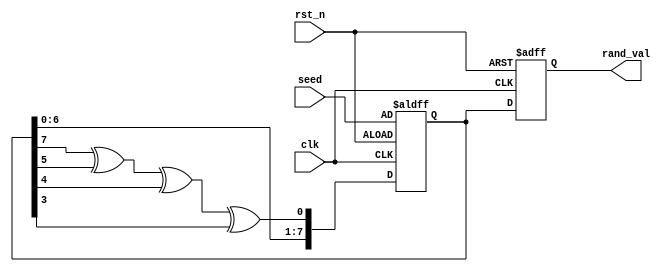
module RandomInitialization #(
    parameter WIDTH = 8,          // Width of the random value output
    parameter SEED = 8'b10101010  // Default seed value
)(
    input wire clk,               // Clock signal
    input wire rst_n,             // Active-low reset signal
    input wire [WIDTH-1:0] seed,  // Seed input for reproducibility
    output reg [WIDTH-1:0] rand_val // Random value output
);

    reg [WIDTH-1:0] lfsr;         // LFSR register for random number generation

    // LFSR polynomial for 8-bit (x^8 + x^6 + x^5 + x^4 + 1)
    wire feedback = lfsr[7] ^ lfsr[5] ^ lfsr[4] ^ lfsr[3];

    always @(posedge clk or negedge rst_n) begin
        if (!rst_n) begin
            // On reset, initialize LFSR with seed value
            lfsr <= seed;
            rand_val <= 0; // Clear the random value output
        end else begin
            // Update LFSR and generate new random value
            lfsr <= {lfsr[WIDTH-2:0], feedback};
            rand_val <= lfsr;
        end
    end

endmodule